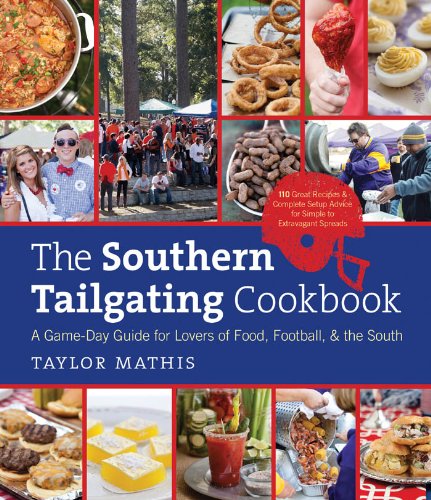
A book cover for The Southern Tailgating Cookbook: A Game-Day Guide for Lovers of Food, Football, and the South; Taylor Mathis; Cookbooks, Food & Wine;